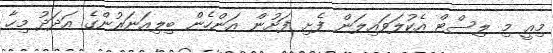
މިއީ މި ލިސްޓް އެކުލަވައިލަން ފެށި ފަށުން އަންހެން ބިލިއަނަރުންގެ އަދަދު މިހާ